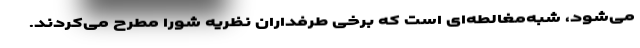
می‌شود، شبه‌مغالطه‌ای است که برخی طرفداران نظریه شورا مطرح می‌کردند.